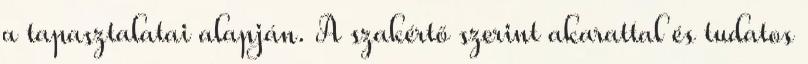
a tapasztalatai alapján. A szakértő szerint akarattal és tudatos